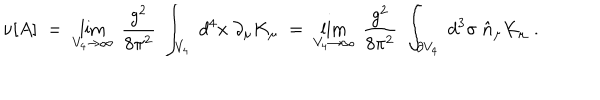
LaTeX: \nu [ A ] \; = \; \lim _ { V _ { 4 } \rightarrow \infty } \; \frac { g ^ { 2 } } { 8 \pi ^ { 2 } } \; \int _ { V _ { 4 } } \; d ^ { 4 } x \; \partial _ { \mu } K _ { \mu } \; = \; \lim _ { V _ { 4 } \rightarrow \infty } \; \frac { g ^ { 2 } } { 8 \pi ^ { 2 } } \; \int _ { \partial V _ { 4 } } \; d ^ { 3 } \sigma \; \hat { n } _ { \mu } K _ { \mu } \; .